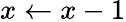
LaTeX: x\gets x-1